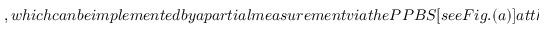
, w h i c h c a n b e i m p l e m e n t e d b y a p a r t i a l m e a s u r e m e n t v i a t h e P P B S [ s e e F i g . ( a ) ] a t t h e t i m e s t e p